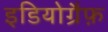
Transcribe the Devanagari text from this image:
इडियोग्रैफ़